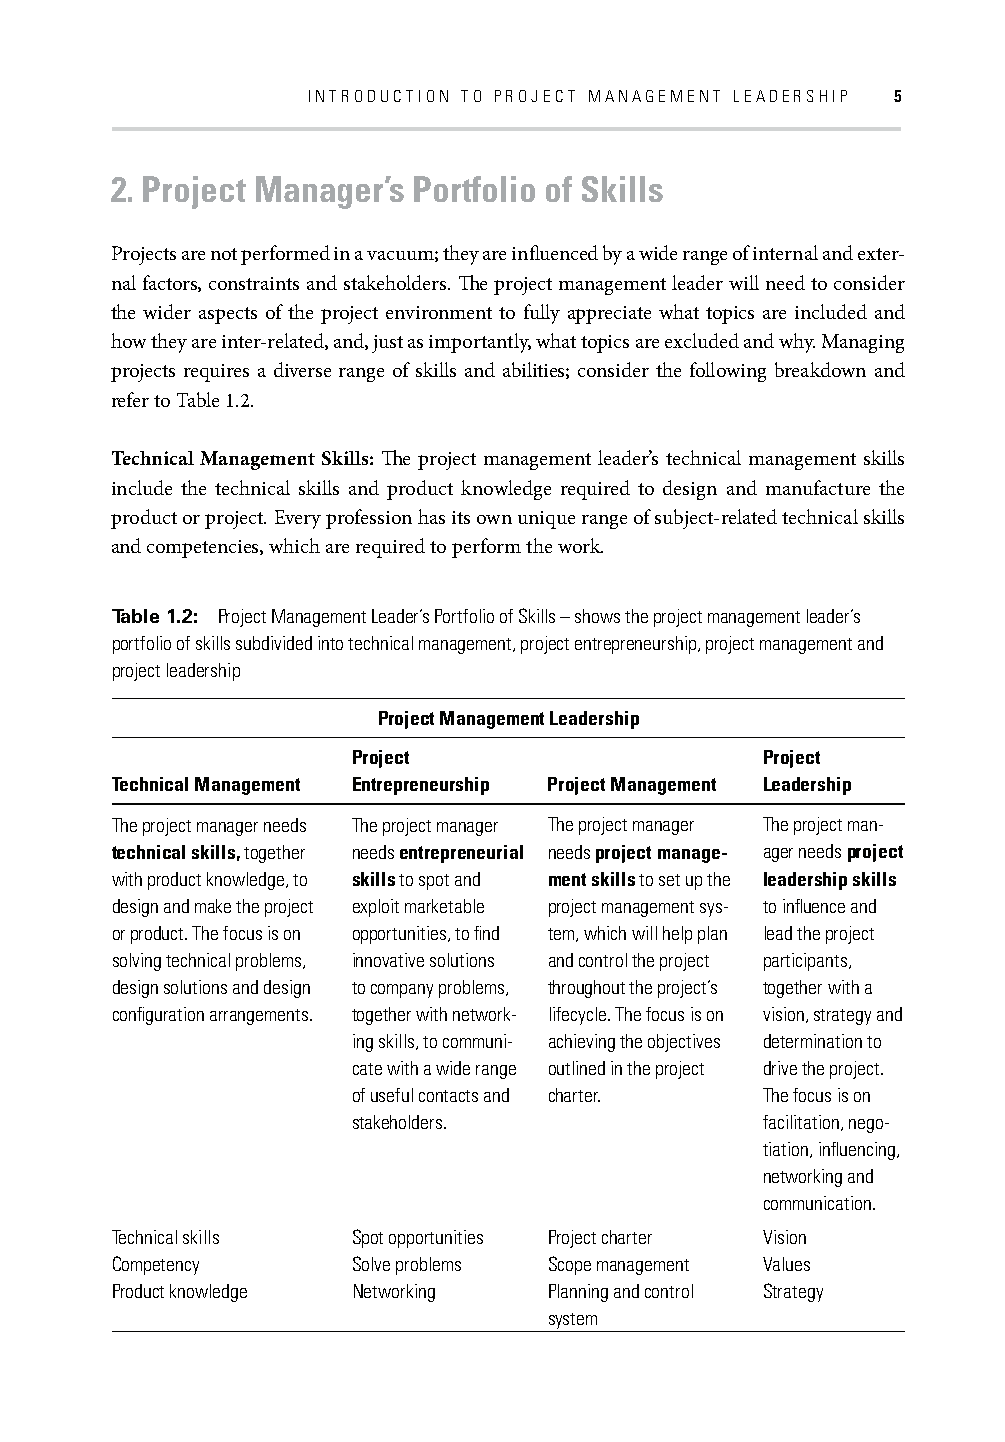
INTRODUCTION TO PROJECT MANAGEMENT LEADERSHIP 5
 2. Project Manager’s Portfolio of Skills
 Projects are not performed in a vacuum; they are infl uenced by a wide range of internal and exter-
 nal factors, constraints and stakeholders. Th e project management leader will need to consider
 the wider aspects of the project environment to fully appreciate what topics are included and
 how they are inter-related, and, just as importantly, what topics are excluded and why. Managing
 projects requires a diverse range of skills and abilities; consider the following breakdown and
 refer to Table 1.2.
 Technical Management Skills: Th e project management leader’s technical management skills
 include the technical skills and product knowledge required to design and manufacture the
 product or project. Every profession has its own unique range of subject-related technical skills
 and competencies, which are required to perform the work.
 Table 1.2: Project Management Leader’s Portfolio of Skills – shows the project management leader’s
 portfolio of skills subdivided into technical management, project entrepreneurship, project management and
 project leadership
 Project Management Leadership
 Project                    Project
 Technical Management Entrepreneurship Project Management Leadership
 The project manager needs The project manager The project manager The project man-
 technical skills, together needs entrepreneurial needs project manage- ager needs project
 with product knowledge, to skills to spot and ment skills to set up the leadership skills
 design and make the project exploit marketable project management sys- to infl uence and
 or product. The focus is on opportunities, to fi nd tem, which will help plan lead the project
 solving technical problems, innovative solutions and control the project participants,
 design solutions and design to company problems, throughout the project’s together with a
 confi guration arrangements. together with network- lifecycle. The focus is on vision, strategy and
 ing skills, to communi- achieving the objectives determination to
 cate with a wide range outlined in the project drive the project.
 of useful contacts and charter. The focus is on
 stakeholders.              facilitation, nego-
 tiation, infl uencing,
 networking and
 communication.
 Technical skills Spot opportunities Project charter Vision
 Competency      Solve problems Scope management Values
 Product knowledge Networking Planning and control Strategy
 system